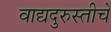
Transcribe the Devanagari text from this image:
वाद्यदुरुस्तीचे